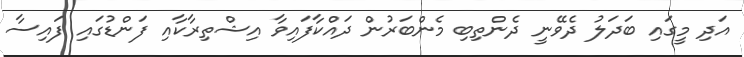
އަދި މީގައި ބަދަލު ދެވޭނީ ދެންތިބި މެންބަރުން ދައްކާފައިވާ އިޝްތިރާކާއި ފަންޑުގައި ފައިސާ